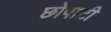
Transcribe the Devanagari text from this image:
छोपाटी